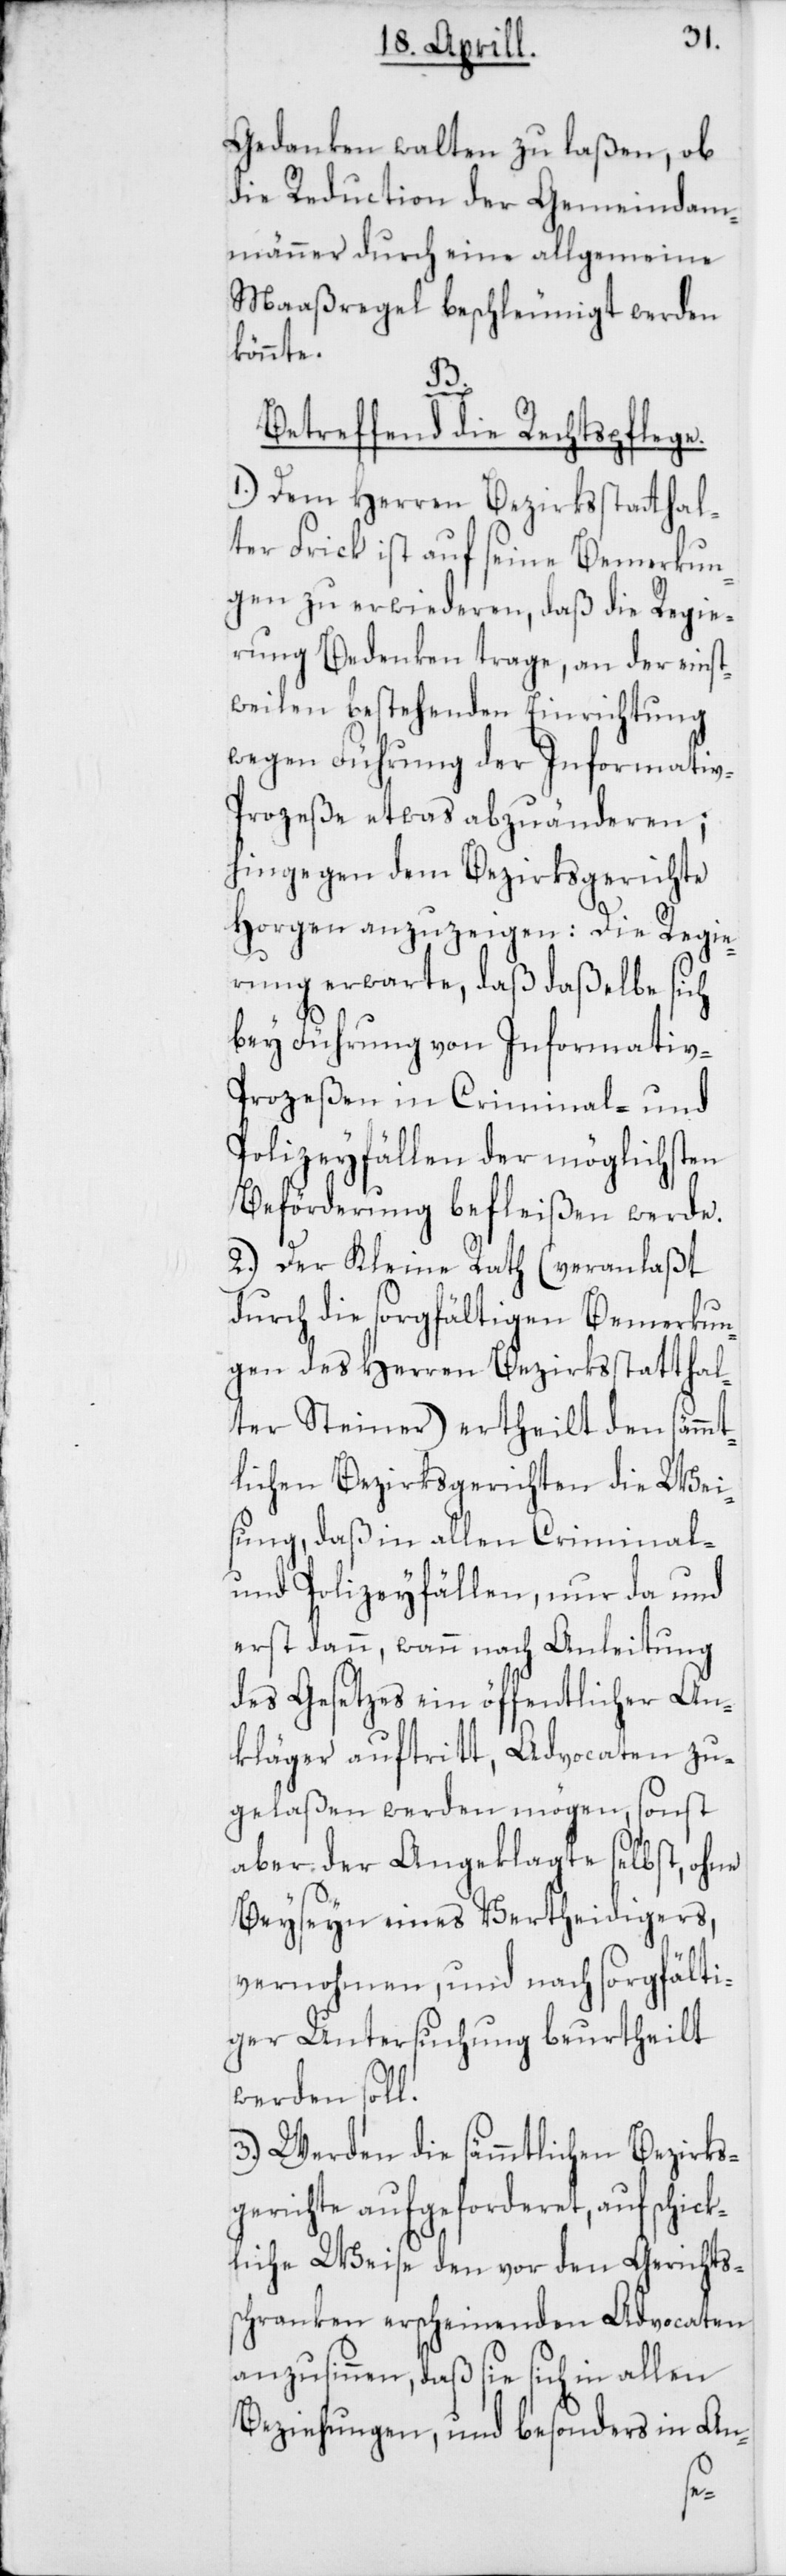
Gedanken walten zu laßen, ob
die Reduction der Gemeindam¬
männer durch eine allgemeine
Maaßregel beschleunigt werden
könnte.
B.
Betreffend die Rechtspflege.
1.) Dem Herren Bezirksstatthal¬
ter Frick ist auf seine Bemerkun¬
gen zu erwiederen, daß die Regie¬
rung Bedenken trage, an der einst¬
weilen bestehenden Einrichtung
wegen Führung der Informati¬
v-Prozeße etwas abzuänderen;
hingegen dem Bezirksgerichte
Horgen anzuzeigen: Die Regie¬
rung erwarte, daß daßelbe sich
bey Führung von Informativ-P¬
rozeßen in Criminal- und
Polizeyfällen der möglichsten
Beförderung befleißen werde.
2.) Der Kleine Rath (veranlaßt
durch die sorgfältigen Bemerkun¬
gen des Herren Bezirksstatthal¬
ter Steiner) ertheilt den sämmt¬
lichen Bezirksgerichten die Wei¬
sung, daß in allen Criminal-
und Polizeyfällen, nur da und
erst dann, wann nach Anleitung
des Gesetzes ein öffentlicher An¬
kläger auftritt, Advocaten zu¬
gelaßen werden mögen, sonst
aber der Angeklagte selbst, ohne
Beyseyn eines Verteidigers,
vernohmen, und nach sorgfälti¬
ger Untersuchung beurtheilt
werden soll.
3.) Werden die sämmtlichen Bezirks¬
gerichte aufgeforderet, auf schic¬
kliche Weise den vor den Gerichts¬
schranken erscheinenden Advocaten
anzusinnen, daß sie sich in allen
Beziehungen und besonders in An-